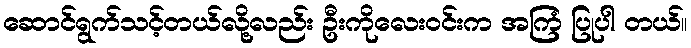
ဆောင်ရွက်သင့်တယ်လို့လည်း ဦးကိုလေးဝင်းက အကြံ ပြုပါ တယ်။